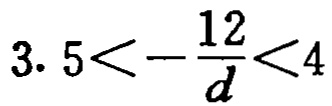
$3.5<-\frac{12}{d}<4$